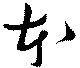
本